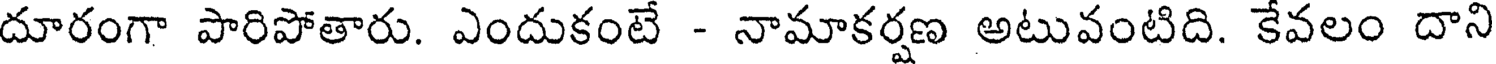
దూరంగా పారిపోతారు. ఎందుకంటే - నామాకర్షణ అటువంటిది. కేవలం దాని